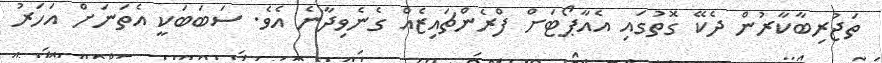
ތަޖުރިބާކާރުން ދެކޭ ގޮތުގައި އެއާޕޯޓަށް ފްރެންޗައިޒެއް ގެނެވިދާނެ އެވެ. ސަބަބަކީ އެތަނަށް އަހަރު